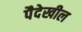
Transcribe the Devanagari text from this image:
पैदेखील